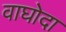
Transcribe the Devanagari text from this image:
वाघोदा